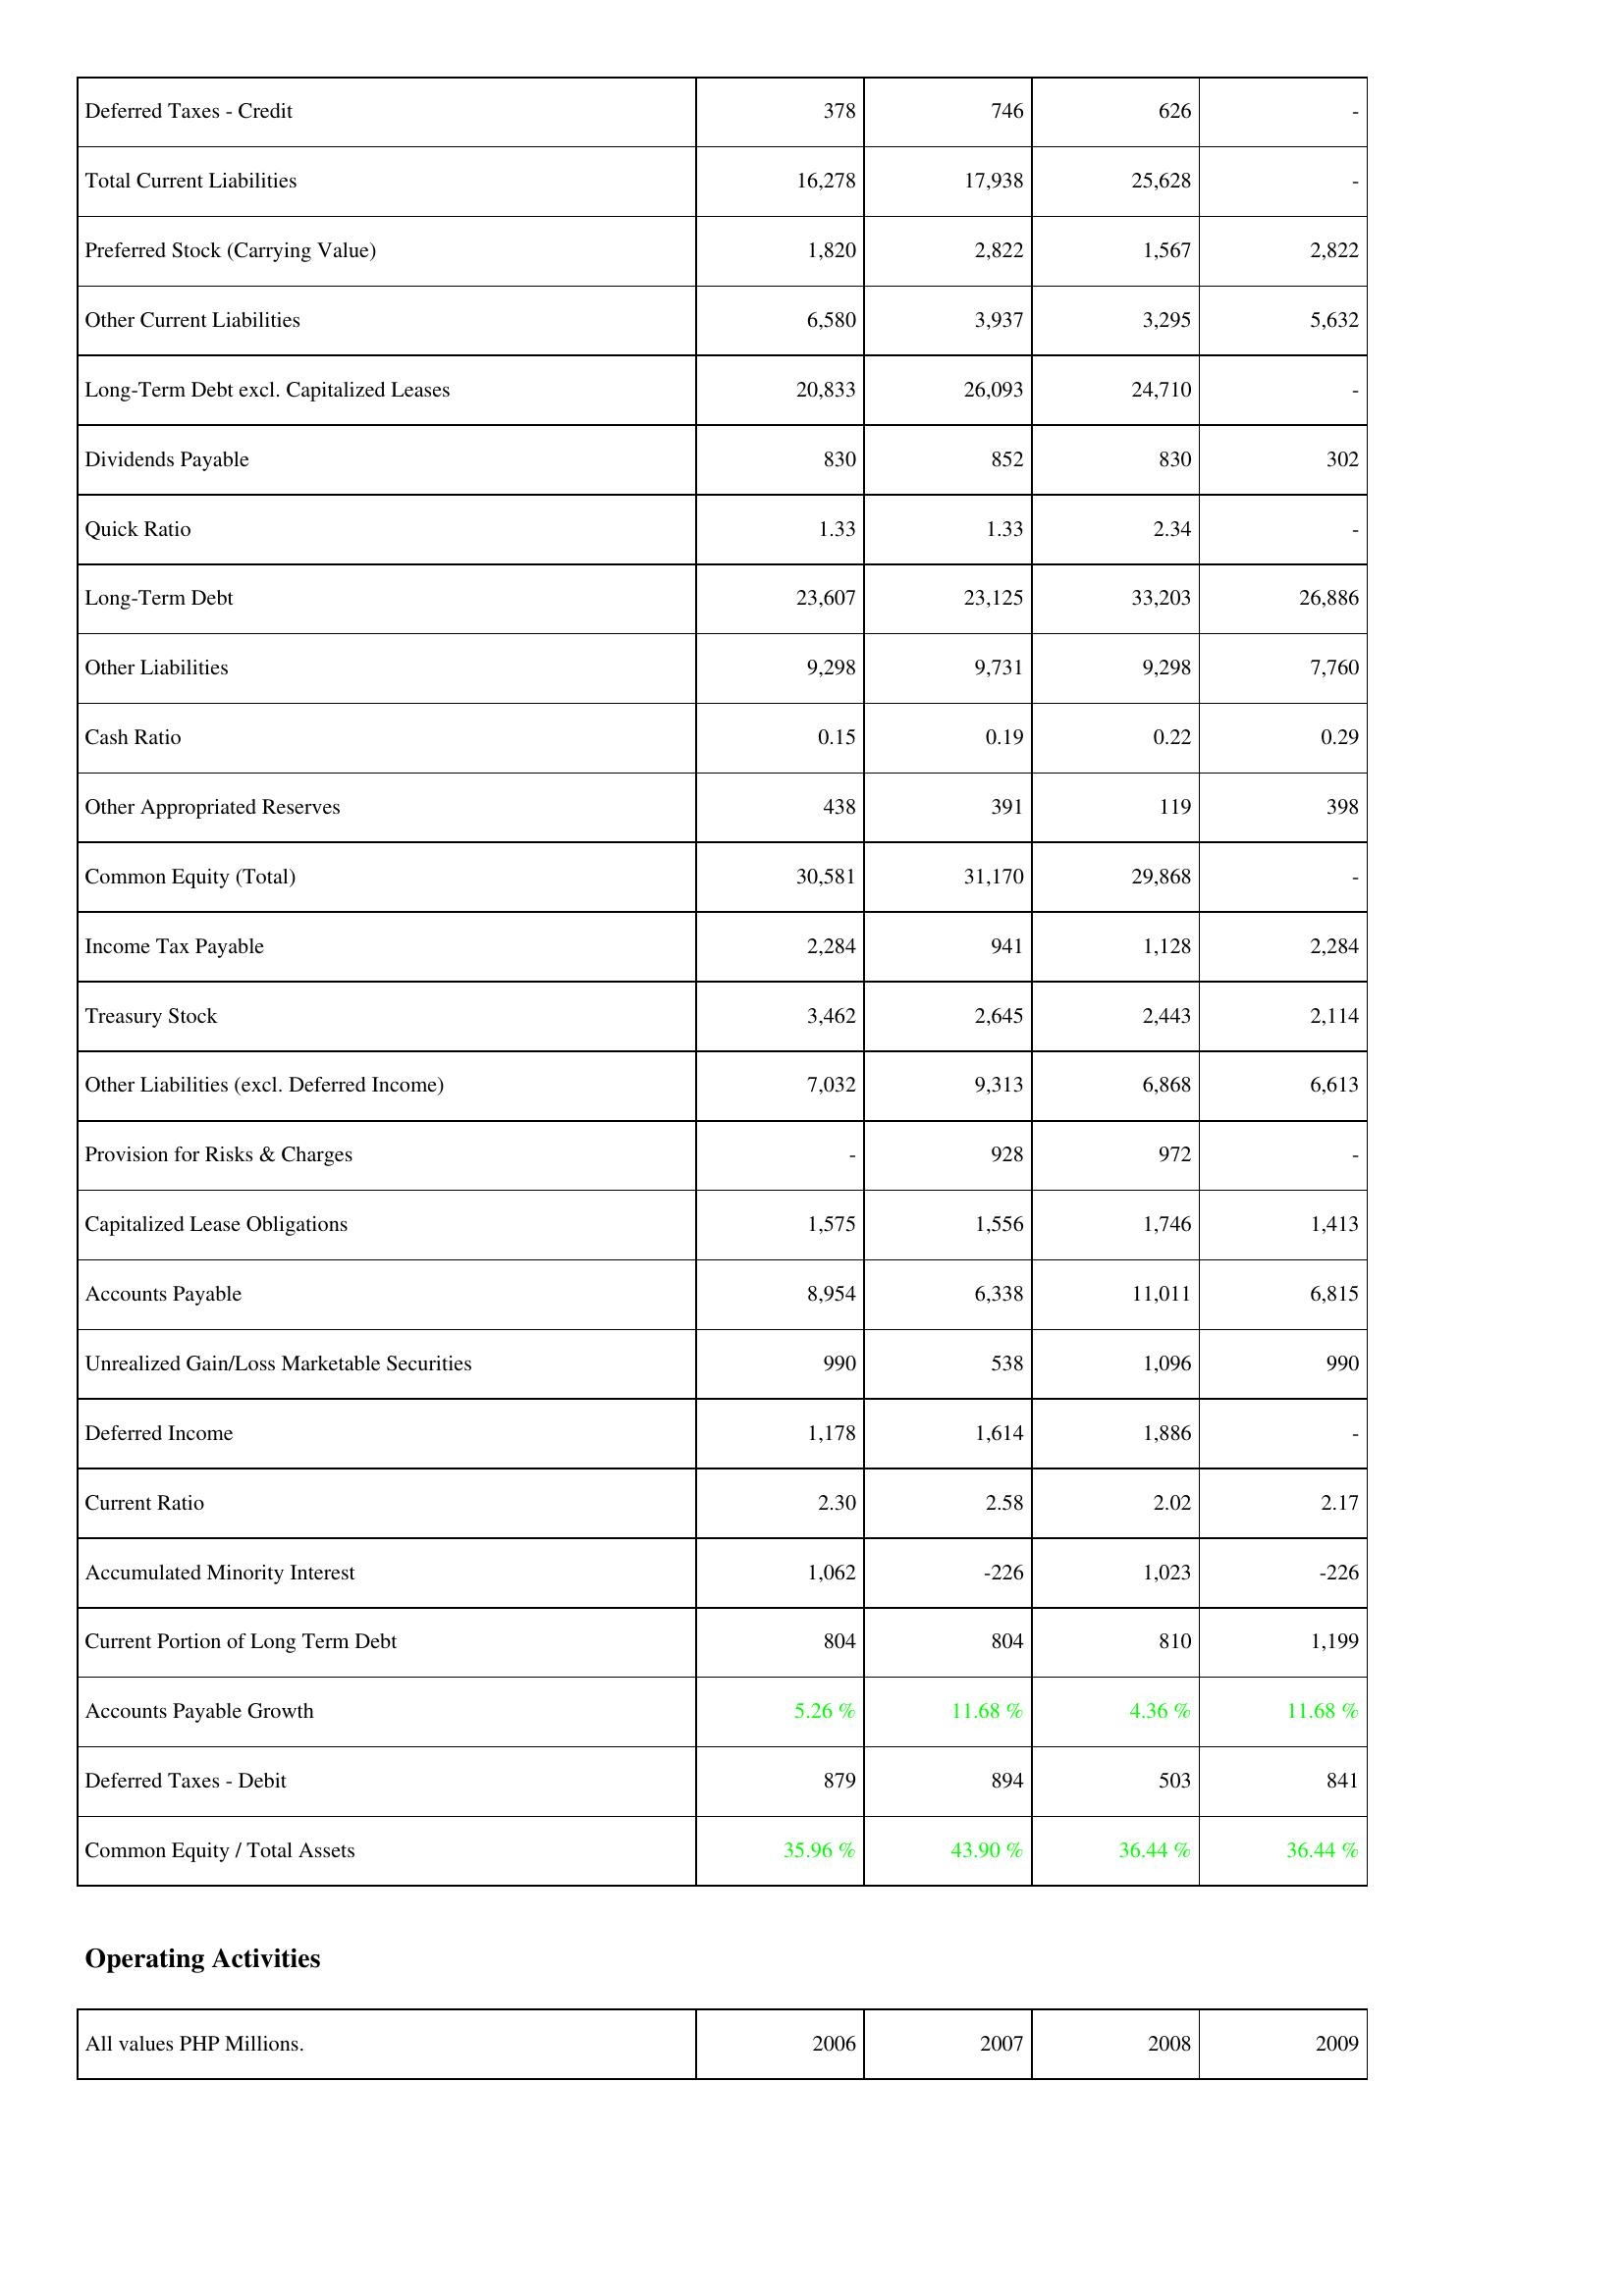
2006: Liabilities & Shareholders' Equity: Deferred Taxes - Credit: 378
Total Current Liabilities: 16,278
Preferred Stock (Carrying Value): 1,820
Other Current Liabilities: 6,580
Long-Term Debt excl. Capitalized Leases: 20,833
Dividends Payable: 830
Quick Ratio: 1.33
Long-Term Debt: 23,607
Other Liabilities: 9,298
Cash Ratio: 0.15
Other Appropriated Reserves: 438
Common Equity (Total): 30,581
Income Tax Payable: 2,284
Treasury Stock: 3,462
Other Liabilities (excl. Deferred Income): 7,032
Provision for Risks & Charges: -
Capitalized Lease Obligations: 1,575
Accounts Payable: 8,954
Unrealized Gain/Loss Marketable Securities: 990
Deferred Income: 1,178
Current Ratio: 2.30
Accumulated Minority Interest: 1,062
Current Portion of Long Term Debt: 804
Accounts Payable Growth: 5.26 %
Deferred Taxes - Debit: 879
Common Equity / Total Assets: 35.96 %
2007: Liabilities & Shareholders' Equity: Deferred Taxes - Credit: 746
Total Current Liabilities: 17,938
Preferred Stock (Carrying Value): 2,822
Other Current Liabilities: 3,937
Long-Term Debt excl. Capitalized Leases: 26,093
Dividends Payable: 852
Quick Ratio: 1.33
Long-Term Debt: 23,125
Other Liabilities: 9,731
Cash Ratio: 0.19
Other Appropriated Reserves: 391
Common Equity (Total): 31,170
Income Tax Payable: 941
Treasury Stock: 2,645
Other Liabilities (excl. Deferred Income): 9,313
Provision for Risks & Charges: 928
Capitalized Lease Obligations: 1,556
Accounts Payable: 6,338
Unrealized Gain/Loss Marketable Securities: 538
Deferred Income: 1,614
Current Ratio: 2.58
Accumulated Minority Interest: -226
Current Portion of Long Term Debt: 804
Accounts Payable Growth: 11.68 %
Deferred Taxes - Debit: 894
Common Equity / Total Assets: 43.90 %
2008: Liabilities & Shareholders' Equity: Deferred Taxes - Credit: 626
Total Current Liabilities: 25,628
Preferred Stock (Carrying Value): 1,567
Other Current Liabilities: 3,295
Long-Term Debt excl. Capitalized Leases: 24,710
Dividends Payable: 830
Quick Ratio: 2.34
Long-Term Debt: 33,203
Other Liabilities: 9,298
Cash Ratio: 0.22
Other Appropriated Reserves: 119
Common Equity (Total): 29,868
Income Tax Payable: 1,128
Treasury Stock: 2,443
Other Liabilities (excl. Deferred Income): 6,868
Provision for Risks & Charges: 972
Capitalized Lease Obligations: 1,746
Accounts Payable: 11,011
Unrealized Gain/Loss Marketable Securities: 1,096
Deferred Income: 1,886
Current Ratio: 2.02
Accumulated Minority Interest: 1,023
Current Portion of Long Term Debt: 810
Accounts Payable Growth: 4.36 %
Deferred Taxes - Debit: 503
Common Equity / Total Assets: 36.44 %
2009: Liabilities & Shareholders' Equity: Deferred Taxes - Credit: -
Total Current Liabilities: -
Preferred Stock (Carrying Value): 2,822
Other Current Liabilities: 5,632
Long-Term Debt excl. Capitalized Leases: -
Dividends Payable: 302
Quick Ratio: -
Long-Term Debt: 26,886
Other Liabilities: 7,760
Cash Ratio: 0.29
Other Appropriated Reserves: 398
Common Equity (Total): -
Income Tax Payable: 2,284
Treasury Stock: 2,114
Other Liabilities (excl. Deferred Income): 6,613
Provision for Risks & Charges: -
Capitalized Lease Obligations: 1,413
Accounts Payable: 6,815
Unrealized Gain/Loss Marketable Securities: 990
Deferred Income: -
Current Ratio: 2.17
Accumulated Minority Interest: -226
Current Portion of Long Term Debt: 1,199
Accounts Payable Growth: 11.68 %
Deferred Taxes - Debit: 841
Common Equity / Total Assets: 36.44 %